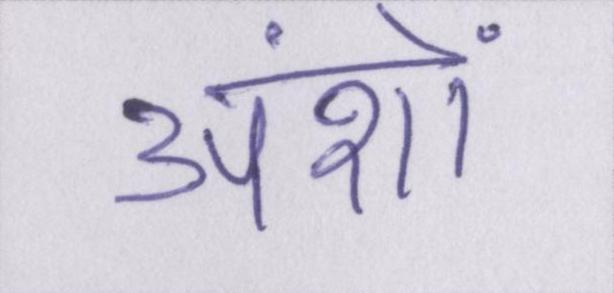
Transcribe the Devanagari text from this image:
अंशों